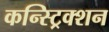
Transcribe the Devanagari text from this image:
कन्स्ट्रिक्शन